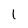
Character: 1